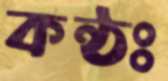
কন্ঠঃ